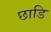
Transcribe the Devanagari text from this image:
छाडि